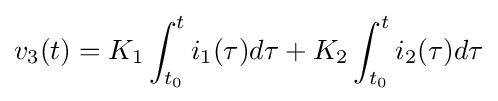
v_{3}(t)=K_{1}\int _{t_{0}}^{t}i_{1}(\tau )d\tau +K_{2}\int _{t_{0}}^{t}i_{2}(\tau )d\tau